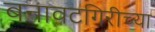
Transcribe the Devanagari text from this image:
बनावटगिरीच्या